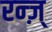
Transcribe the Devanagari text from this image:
रन्ज़्